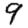
Digit: 9